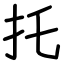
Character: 托